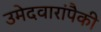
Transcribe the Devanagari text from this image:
उमेदवारांपैकी